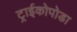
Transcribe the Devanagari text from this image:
ट्राईकोपोडा